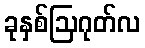
ခုနှစ်ဩဂုတ်လ